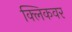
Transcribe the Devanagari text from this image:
क्लिकवर